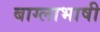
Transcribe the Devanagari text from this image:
बाग्लाभाषी